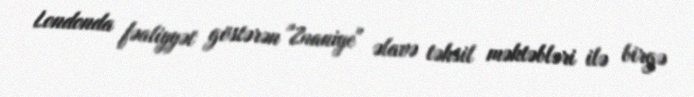
Londonda fəaliyyət göstərən "Znaniye" əlavə təhsil məktəbləri ilə birgə